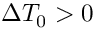
\Delta T _ { 0 } > 0